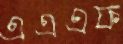
এএএফ